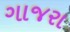
ગાજરા